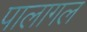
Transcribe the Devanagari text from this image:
पालागल